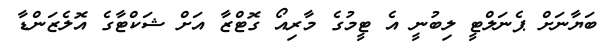
ބަޔާނަށް ޕެނަލްޓީ ލިބުނީ އެ ޓީމުގެ މާރިއޯ ގޮޓްޒާ އަށް ޝަކްޓާގެ އޮލެޒަންޑާ